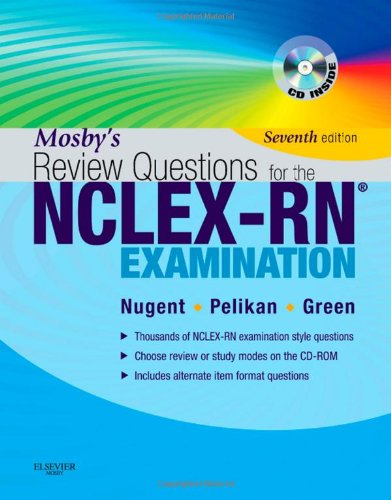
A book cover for Mosby's review questions for the NCLEX-RN examination, 7th edition; Medical Books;